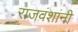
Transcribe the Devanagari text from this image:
राजवंशांनी